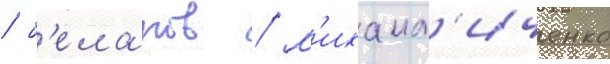
/ б'еланов / м'ихаил'иченко